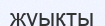
жуықты